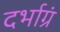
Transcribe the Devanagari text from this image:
दर्भाग्रं